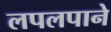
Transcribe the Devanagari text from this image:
लपलपाने